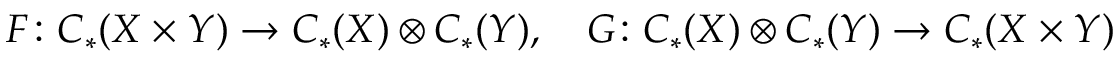
F \colon C _ { * } ( X \times Y ) \rightarrow C _ { * } ( X ) \otimes C _ { * } ( Y ) , \quad G \colon C _ { * } ( X ) \otimes C _ { * } ( Y ) \rightarrow C _ { * } ( X \times Y )